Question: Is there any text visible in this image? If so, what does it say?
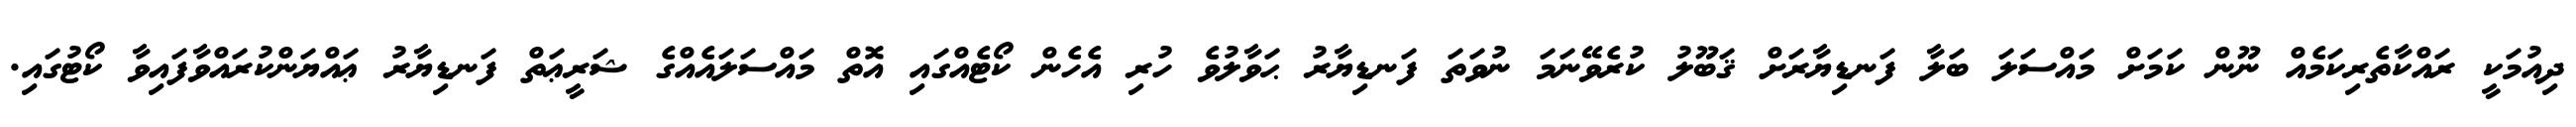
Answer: ދިއުމަކީ ރައްކާތެރިކަމެއް ނޫން ކަމަށް މައްސަލަ ބަލާ ފަނޑިޔާރަށް ޤަބޫލު ކުރެވޭނަމަ ނުވަތަ ފަނޑިޔާރު ޙަވާލުވެ ހުރި އެހެން ކޯޓެއްގައި އޮތް މައްސަލައެއްގެ ޝަރީޢަތް ފަނޑިޔާރު ޢައްޔަންކުރައްވާފައިވާ ކޯޓުގައި.